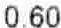
0.60